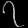
Digit: ၇